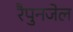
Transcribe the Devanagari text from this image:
रैपुनजेल